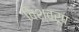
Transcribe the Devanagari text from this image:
बिश्वरूप